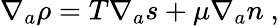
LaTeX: \nabla_{a}\rho=T\nabla_{a}s+\mu\nabla_{a}n~,